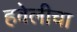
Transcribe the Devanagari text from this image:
हवेलीचा